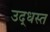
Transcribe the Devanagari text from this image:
उद्‌धस्त